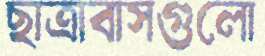
ছাত্রাবাসগুলো